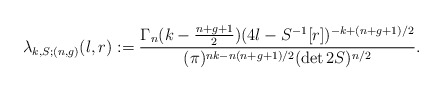
\begin{align*} \lambda_{k,S; (n,g)}(l,r):=\frac{ \Gamma_n(k-\frac{n+g+1}{2}) (4l-S^{-1}[r])^{-k+(n+g+1)/2} }{ (\pi)^{nk-n(n+g+1)/2} (\det 2S)^{n/2}}.\end{align*}